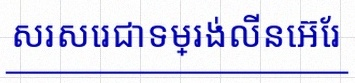
សរសេរជាទម្រង់លីនេអ៊ែរ